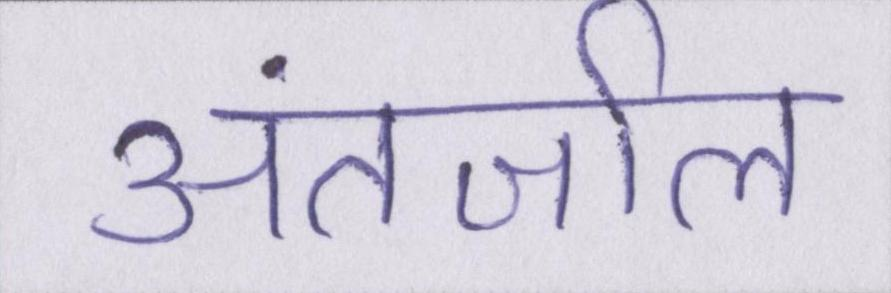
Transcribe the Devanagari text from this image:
अंतर्जाल